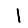
Digit: 1